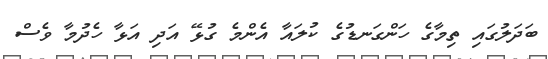
ބަދަލުގައި ތިމާގެ ހަންގަނޑުގެ ކުލައާ އެންމެ ގުޅޭ އަދި އަޅާ ހެދުމާ ވެސް